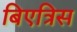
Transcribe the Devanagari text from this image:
बिएत्रिस